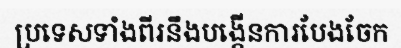
ប្រទេសទាំងពីរនឹងបង្កើនការបែងចែក